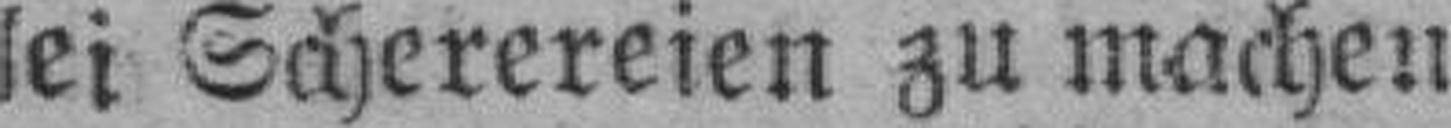
lei Scherereien zu machen